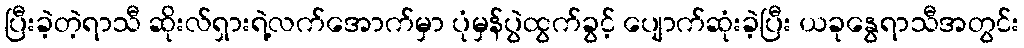
ပြီးခဲ့တဲ့ရာသီ ဆိုးလ်ရှားရဲ့လက်အောက်မှာ ပုံမှန်ပွဲထွက်ခွင့် ပျောက်ဆုံးခဲ့ပြီး ယခုနွေရာသီအတွင်း